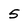
Character: 5